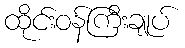
ထိုင်းဝန်ကြီးချုပ်